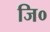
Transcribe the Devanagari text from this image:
जि०